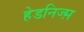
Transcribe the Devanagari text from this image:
हेडनिज्म़